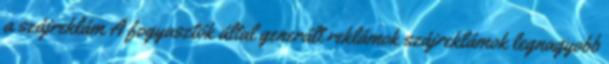
a szájreklám A fogyasztók által generált reklámok szájreklámok legnagyobb